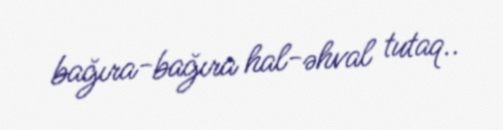
bağıra-bağıra hal-əhval tutaq..